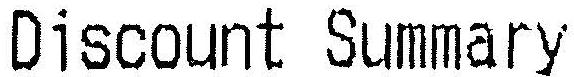
DISCOUNT SUMMARY